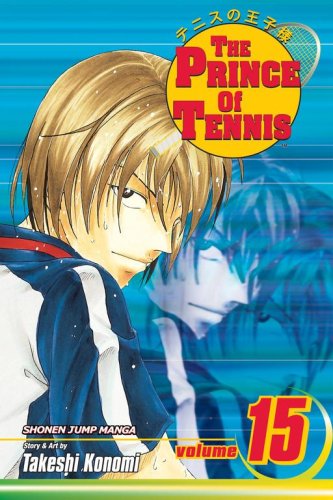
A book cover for The Prince of Tennis, Vol. 15; Takeshi Konomi; Comics & Graphic Novels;